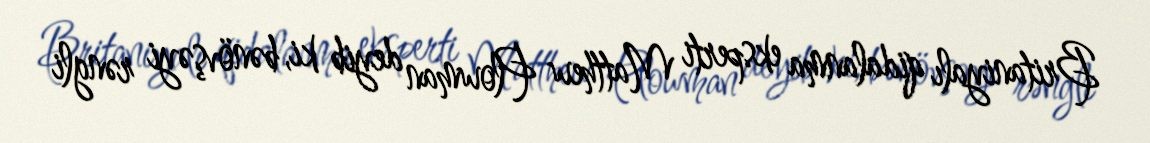
Britaniyalı qidalanma eksperti Matthew Plowman deyib ki, bənövşəyi rəngli